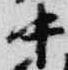
中